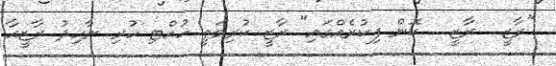
"ރާޒީ... ރާޒީ... ކޮން ފިކުރެއްގައި" ރާޒީ ކުރިމަތީ ހުއްޓި ހުރި ނާހިދު ރާޒީއާ